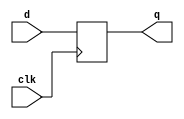
module flipflop (input d,   
              input clk,  
              output reg q);  
  
    always @ (negedge clk)   
          q <= d;  
endmodule